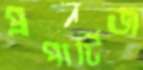
প্রপার্টিজ